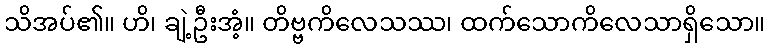
သိအပ်၏။ ဟိ၊ ချဲ့ဦးအံ့။ တိဗ္ဗကိလေသဿ၊ ထက်သောကိလေသာရှိသော။